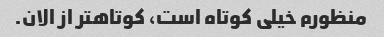
منظورم خیلی کوتاه است، کوتاهتر از الان.